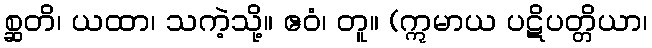
စ္ဆတိ၊ ယထာ၊ သကဲ့သို့။ ဧဝံ၊ တူ။ (ဣမာယ ပဋိပတ္တိယာ၊